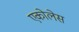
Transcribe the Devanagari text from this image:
एकोलेस